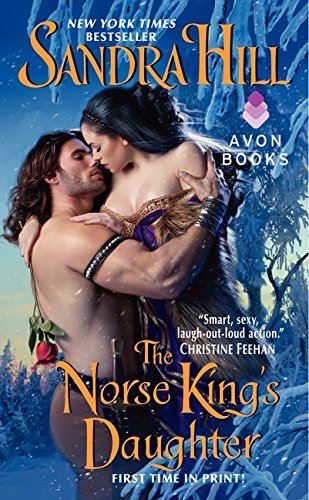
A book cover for The Norse King's Daughter (Viking I); Sandra Hill; Romance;